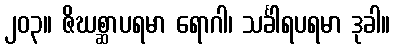
၂၀၃။ ဇိဃစ္ဆာပရမာ ရောဂါ၊ သင်္ခါရပရမာ ဒုခါ။